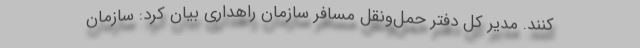
کنند. مدیر کل دفتر حمل‌ونقل مسافر سازمان راهداری بیان کرد: سازمان